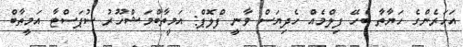
އަހަރެންގެ ހަޔާތާ ބެހޭ ފިލްމެއް ހެދިޔަސް ވާނީ ފްލޮޕް: އަމީތާބްމަޝްހޫރު ސުޕަސްޓާ އަމީތާބް